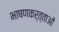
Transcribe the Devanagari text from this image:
भाषणकर्त्ताओं